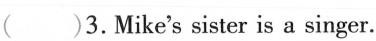
( )3.Mike's sister is a singer.